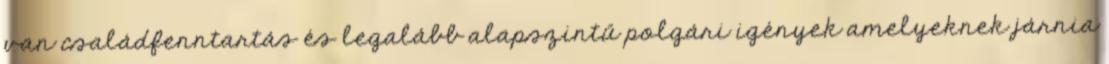
van családfenntartás és legalább alapszintű polgári igények amelyeknek járnia